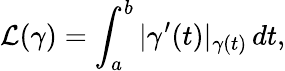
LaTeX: \mathcal{L}(\gamma)=\int_{a}^{b}|\gamma^{\prime}(t)|_{\gamma(t)}\, dt,